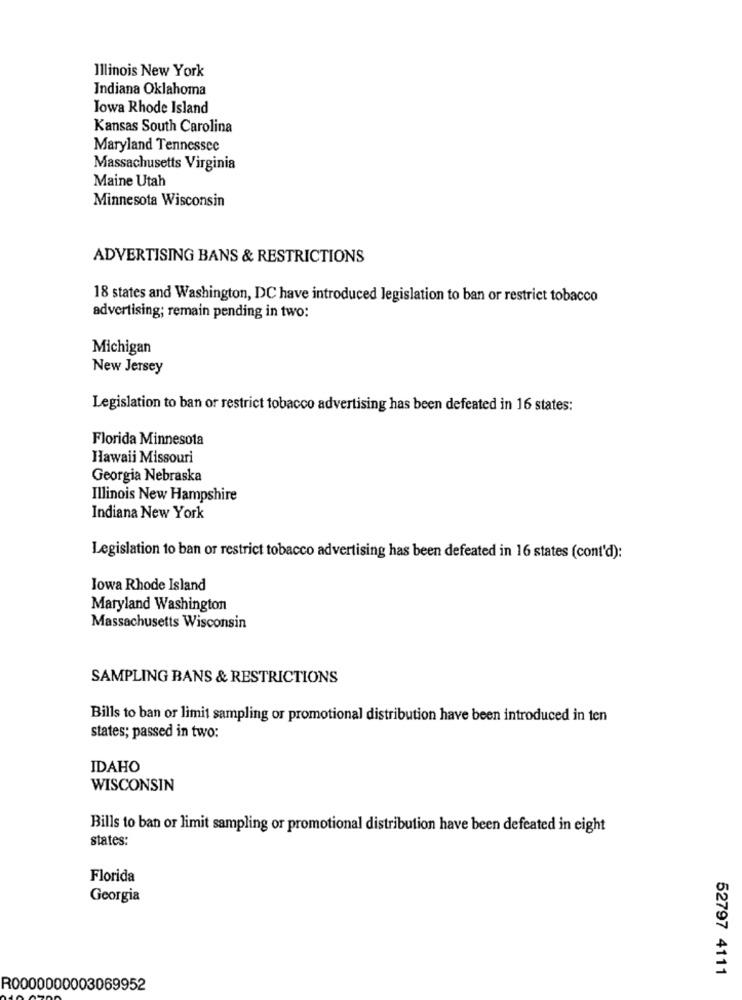
Illinois New York
Indiana Oklahoma
Iowa Rhode Island
Kansas South Carolina
Maryland Tennessee
Massachusetts Virginia
Maine Utah
Minnesota Wisconsin
ADVERTISING BANS & RESTRICTIONS
18 states and Washington, DC have introduced legislation to ban or restrict tobacco
advertising; remain pending in two:
Michigan
New Jersey
Legislation to ban or restrict tobacco advertising has been defeated in 16 states:
Florida Minnesota
Hawaii Missouri
Georgia Nebraska
Illinois New Hampshire
Indiana New York
Legislation to ban or restrict tobacco advertising has been defeated in 16 states (cont'd):
Iowa Rhode Island
Maryland Washington
Massachusetts Wisconsin
SAMPLING BANS & RESTRICTIONS
Bills to ban or limit sampling or promotional distribution have been introduced in ten
states; passed in two:
IDAHO
WISCONSIN
Bills to ban or limit sampling or promotional distribution have been defeated in eight
states:
Florida
Georgia
52797 4111
R0000000003069952